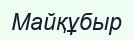
Майқұбыр